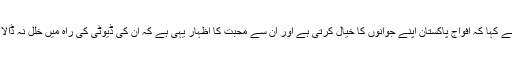
انہوں نے کہا کہ افواج پاکستان اپنے جوانوں کا خیال کرتی ہے اور ان سے محبت کا اظہار یہی ہے کہ ان کی ڈیوٹی کی راہ میں خلل نہ ڈالا جائے۔